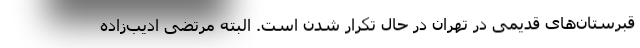
قبرستان‌های قدیمی در تهران در حال تکرار شدن است. البته مرتضی ادیب‌زاده